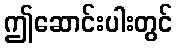
ဤဆောင်းပါးတွင်